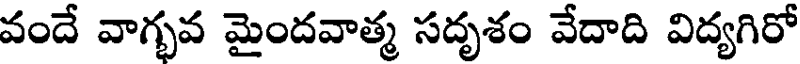
వందే వాగ్భవ మైందవాత్మ సదృశం వేదాది విద్యగిరో